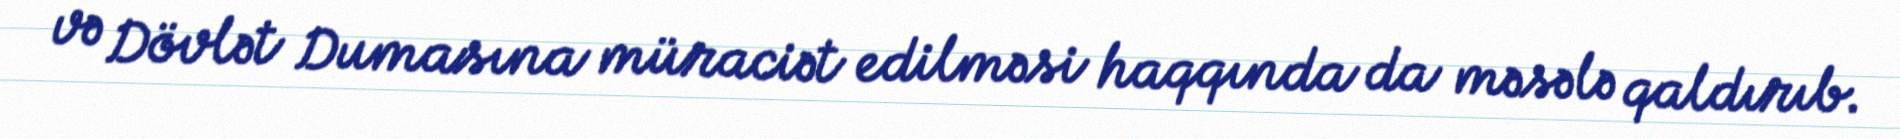
və Dövlət Dumasına müraciət edilməsi haqqında da məsələ qaldırıb.